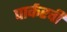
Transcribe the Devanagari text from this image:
पार्करची